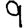
Digit: 9